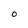
Character: 0